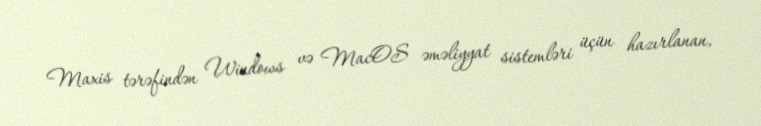
Maxis tərəfindən Windows və MacOS əməliyyat sistemləri üçün hazırlanan,